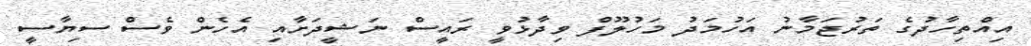
އިއްތިހާދުގެ ތަރުޖަމާނު އަހުމަދު މަހުލޫފް ވިދާޅުވީ ރައީސް ނަޝީދަށާއި އެހެން ވެސް ސިޔާސީ